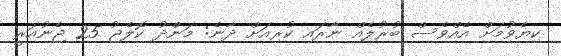
ކިޔެވުމަށް އެއްވެސް ބުރުލެއް ނާރައި ކުރިއަށް ދާނެ: މަންދު ކޮލެޖު 25 ޖެނުއަރީ